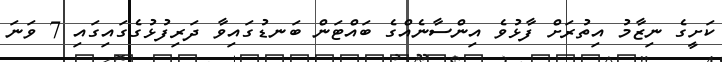
ކަށީގެ ނިޒާމު އިތުރަށް ފާޅުވެ އިންސާނެއްގެ ބައްޓަން ބަނޑުގައިވާ ދަރިފުޅުގެގައިގައި 7 ވަނަ